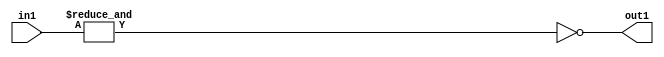
`timescale 1ps / 1ps
/*****************************************************************************
    Verilog RTL Description
    
    
    Created by: Stratus DpOpt 2019.1.01 
*******************************************************************************/

module feature_write_addr_gen_Nei7u3_4_3 (
	in1,
	out1
	); /* architecture "behavioural" */ 
input [2:0] in1;
output  out1;
wire  asc001,
	asc002;

assign asc002 = 
	(&in1);

assign asc001 = 
	((~asc002));

assign out1 = asc001;
endmodule

/* CADENCE  ubH0Qwk= : u9/ySgnWtBlWxVPRXgAZ4Og= ** DO NOT EDIT THIS LINE ******/